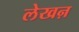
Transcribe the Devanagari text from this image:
लेखऩ